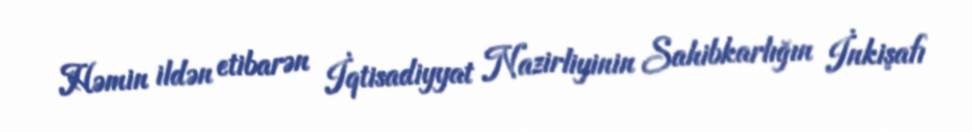
Həmin ildən etibarən İqtisadiyyat Nazirliyinin Sahibkarlığın İnkişafı